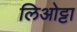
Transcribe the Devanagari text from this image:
लिओट्टा